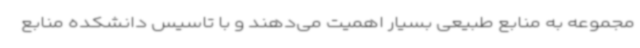
مجموعه به منابع طبیعی بسیار اهمیت می‌دهند و با تاسیس دانشکده منابع